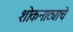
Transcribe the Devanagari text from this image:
शोकनाट्याचे